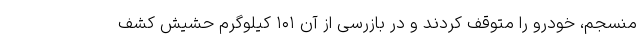
منسجم، خودرو را متوقف کردند و در بازرسی از آن ۱۰۱ کیلوگرم حشیش کشف